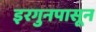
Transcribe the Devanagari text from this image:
इरगुनपासून